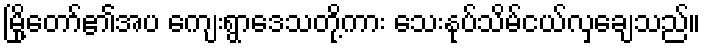
မြို့တော်၏အပ ကျေးရွာဒေသတို့ကား သေးနုပ်သိမ်ငယ်လှချေသည်။